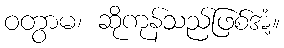
ဝတွာမ၊ ဆိုကုန်သည်ဖြစ်အံ့။